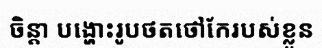
ចិន្តា បង្ហោះរូបថតថៅកែរបស់ខ្លួន